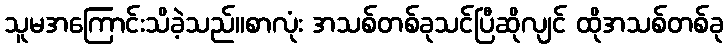
သူမအကြောင်းသိခဲ့သည်။စာလုံး အသစ်တစ်ခုသင်ပြီဆိုလျင် ထိုအသစ်တစ်ခု